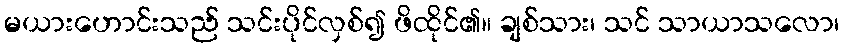
မယားဟောင်းသည် သင်းပိုင်လှစ်၍ ဖိထိုင်၏။ ချစ်သား၊ သင် သာယာသလော၊